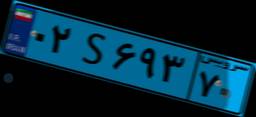
۸۲S۱۰۸۶۱